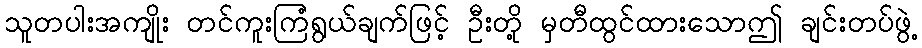
သူတပါးအကျိုး တင်ကူးကြံရွယ်ချက်ဖြင့် ဦးတို့ မှတီထွင်ထားသောဤ ချင်းတပ်ဖွဲ့